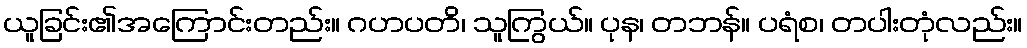
ယူခြင်း၏အကြောင်းတည်း။ ဂဟပတိ၊ သူကြွယ်။ ပုန၊ တဘန်။ ပရံစ၊ တပါးတုံလည်း။